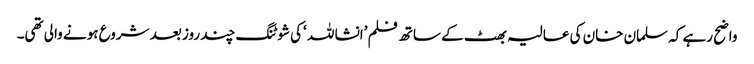
واضح رہے کہ سلمان خان کی عالیہ بھٹ کے ساتھ فلم ’انشا للہ ‘کی شوٹنگ چند روز بعد شروع ہونے والی تھی۔